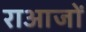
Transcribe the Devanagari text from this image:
राआजों